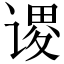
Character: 谡